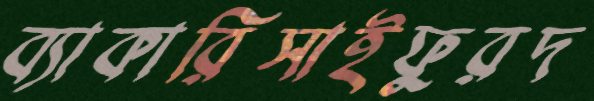
ব্যাকারিসাইফুরদ